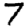
Digit: 7